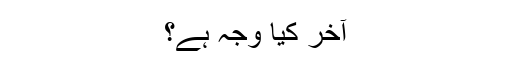
آخر کیا وجہ ہے؟